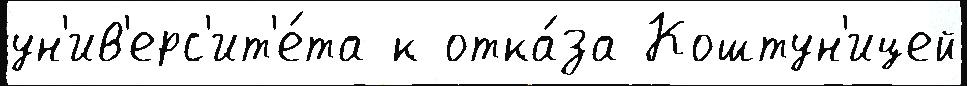
ун'ив'ерс'ит'е́та к отка́за Коштун'ицей